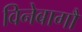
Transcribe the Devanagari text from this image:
विनेबागौ